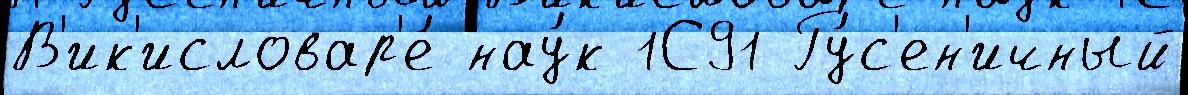
В'ик'исловар'е́ нау́к 1С91 Гу́с'ен'ичный